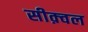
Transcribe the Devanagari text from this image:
सीक़्वल